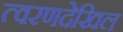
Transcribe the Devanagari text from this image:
त्वरणदेखिल